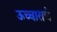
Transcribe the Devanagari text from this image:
ऊच्चाराचे